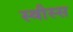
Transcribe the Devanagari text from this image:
स्वीस्स